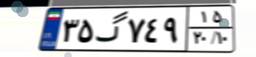
۲۳گ۲۴۵۴۱